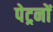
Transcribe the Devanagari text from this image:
पेट्रनों